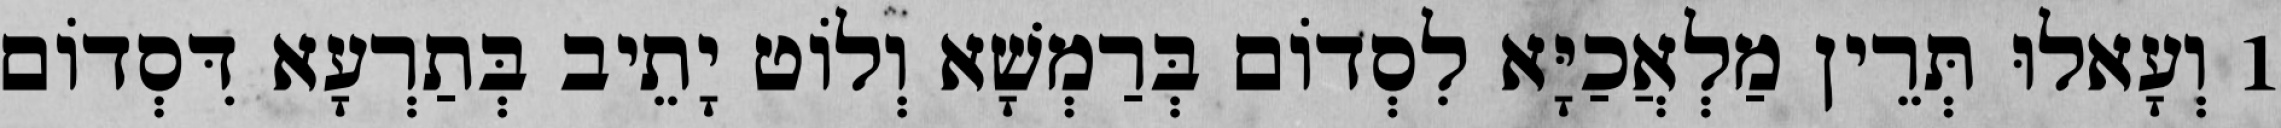
1 וְעָאלוּ תְּרֵין מַלְאֲכַיָּא לִסְדוֹם בְּרַמְשָׁא וְלוֹט יָתֵיב בְּתַרְעָא דִּסְדוֹם